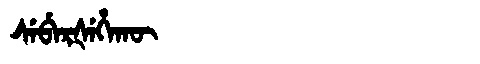
Manchu: ᠰᡝᠪᡝᡵᡧᡝᡥᠠᡴᡡ
Romanization: SEBERŠEHAKŪ